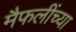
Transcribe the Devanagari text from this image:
मैफलींच्या